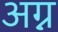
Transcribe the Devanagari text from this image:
अग्न